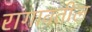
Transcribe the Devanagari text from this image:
रागावतील